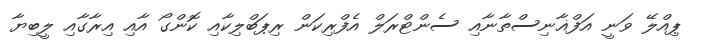
ޕިއްލޭ ވަނީ އަފްޣާނިސްތާނާއި ސެންޓްރަލް އެފްރިކަން ރިޕަބްލިކާއި ކޮންގޯ އާއި އިރާގާއި ލީބިޔާ